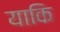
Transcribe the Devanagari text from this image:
याकि